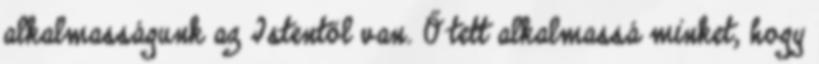
alkalmasságunk az Istentől van. Ő tett alkalmassá minket, hogy